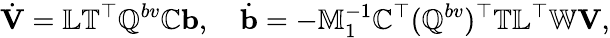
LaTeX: \dot{\mathbf V}=\mathbb{L}\mathbb{T}^{\top}\mathbb{Q}^{bv}\mathbb{C}{\mathbf b},\quad\dot{\mathbf b}=-\mathbb{M}_{1}^{-1}\mathbb{C}^{\top}(\mathbb{Q}^{bv})^{\top}\mathbb{T}\mathbb{L}^{\top}\mathbb{W}{\mathbf V},